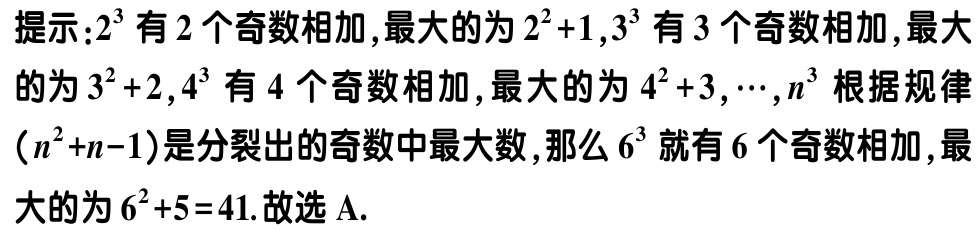
提示：\(2^{3}\) 有 \(2\) 个奇数相加，最大的为 \(2^{2}+1\)，\(3^{3}\) 有 \(3\) 个奇数相加，最大的为 \(3^{2}+2\)，\(4^{3}\) 有 \(4\) 个奇数相加，最大的为 \(4^{2}+3\)，\(\cdots\)，\(n^{3}\) 根据规律（\(n^{2}+n - 1\)）是分裂出的奇数中最大数，那么 \(6^{3}\) 就有 \(6\) 个奇数相加，最大的为 \(6^{2}+5 = 41\). 故选 A.